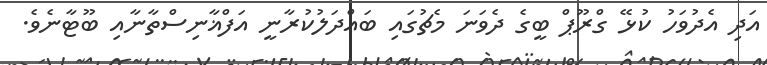
އަދި އެދުވަހު ކުޅޭ ގްރޫޕް ބީގެ ދެވަނަ މެޗުގައި ބައްދަލުކުރާނީ އަފްޣާނިސްތާނާއި ބޫޓާނެވެ.